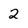
Character: 2